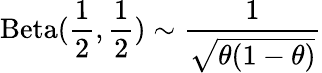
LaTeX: \operatorname{Beta}({\frac{1}{2}},{\frac{1}{2}})\sim{\frac{1}{\sqrt{\theta(1-\theta)}}}